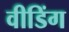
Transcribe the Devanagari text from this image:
वीडिंग